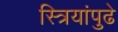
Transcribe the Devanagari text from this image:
स्त्रियांपुढे